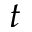
t